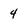
Character: 4